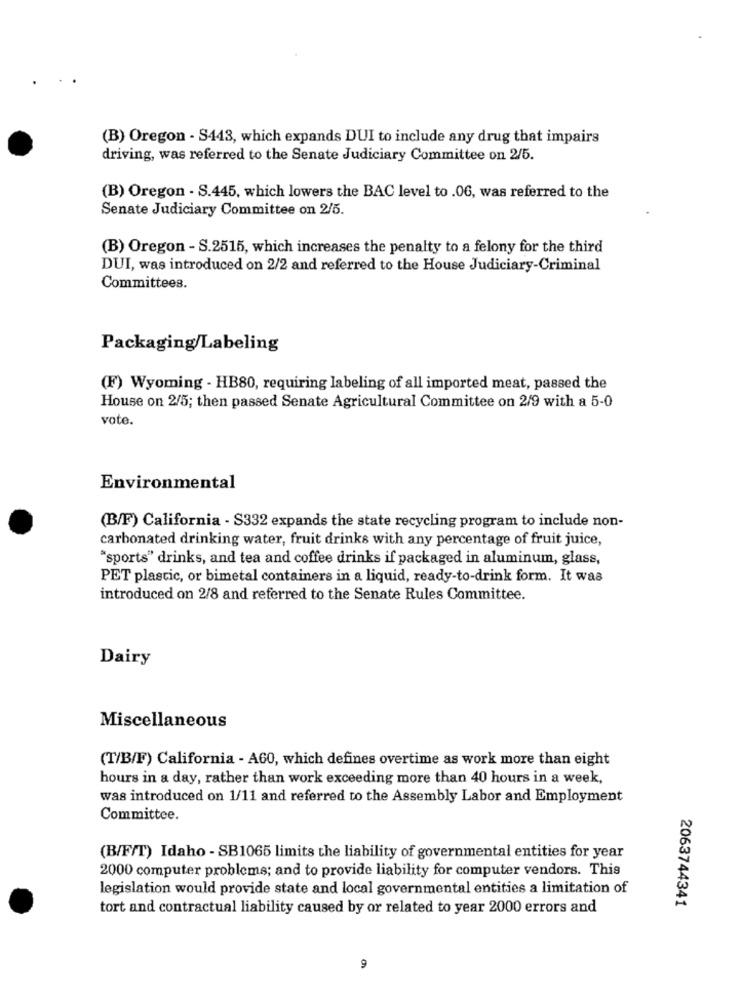
(B) Oregon - S443, which expands DUI to include any drug that impairs
driving, was referred to the Senate Judiciary Committee on 2/5.
(B) Oregon - S.445, which lowers the BAC level to .06, was referred to the
Senate Judiciary Committee on 2/5.
(B) Oregon - S.2515, which increases the penalty to a felony for the third
DUI, was introduced on 2/2 and referred to the House Judiciary-Criminal
Committees.
Packaging/Labeling
(F) Wyoming - HB80, requiring labeling of all imported meat, passed the
House on 2/5; then passed Senate Agricultural Committee on 2/9 with a 5-0
vote.
Environmental
(B/F) California - S332 expands the state recycling program to include non-
carbonated drinking water, fruit drinks with any percentage of fruit juice,
"sports" drinks, and tea and coffee drinks if packaged in aluminum, glass,
PET plastic, or bimetal containers in a liquid, ready-to-drink form. It was
introduced on 2/8 and referred to the Senate Rules Committee.
Dairy
Miscellaneous
(T/B/F) California - A60, which defines overtime as work more than eight
hours in a day, rather than work exceeding more than 40 hours in a week,
was introduced on 1/11 and referred to the Assembly Labor and Employment
Committee.
(B/F/T) Idaho - SB1065 limits the liability of governmental entities for year
2000 computer problems; and to provide liability for computer vendors. This
legislation would provide state and local governmental entities a limitation of
tort and contractual liability caused by or related to year 2000 errors and
2063744341
9